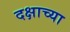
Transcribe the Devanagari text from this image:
दक्षाच्या